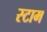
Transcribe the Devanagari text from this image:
स्टाम